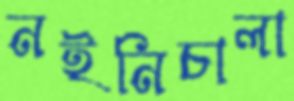
নইনিচালা